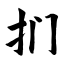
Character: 扪